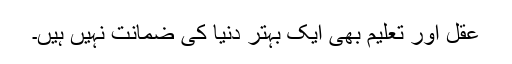
عقل اور تعلیم بھی ایک بہتر دنیا کی ضمانت نہیں ہیں۔